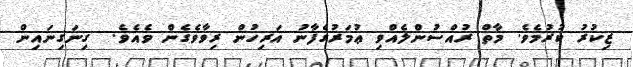
ޒިކުރު ކުރުމެވެ. މާތް ރުއްސުންލެއްވި ޢުމަރުގެފާނު އަރިހުން ރިވާވެގެން ވެއެވެ.  ގިނަގިނައިން